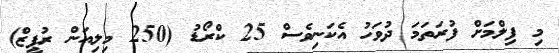
މި ފިލްމަށް ފުރަތަމަ ދުވަހު އެކަނިވެސް 25 ކްރޯޑު (250 މިލިއަން ރުޕީޒް)